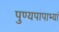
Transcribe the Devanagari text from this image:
पुण्यपापाभ्यां